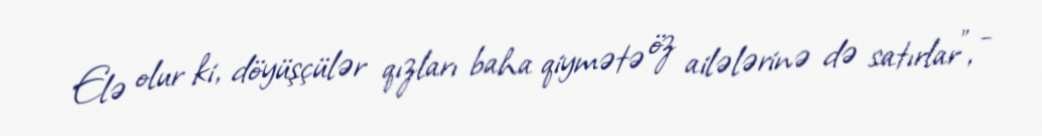
Elə olur ki, döyüşçülər qızları baha qiymətə öz ailələrinə də satırlar”, -